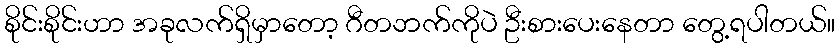
စိုင်းစိုင်းဟာ အခုလက်ရှိမှာတော့ ဂီတဘက်ကိုပဲ ဦးစားပေးနေတာ တွေ့ရပါတယ်။